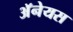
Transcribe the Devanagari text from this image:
अॅनेयस